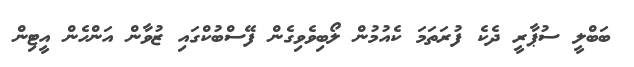
ބަބްލީ ސުޕާރީ ދެކެ ފުރަތަމަ ކެއުމުން ލޯބިވެވިގެން ފޭސްބުކްގައި ޒުވާން އަންހެން އީޓިން